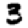
Digit: 3